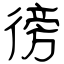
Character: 徬